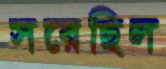
সরেছিল